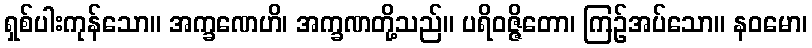
ရှစ်ပါးကုန်သော။ အက္ခဏေဟိ၊ အက္ခဏတို့သည်။ ပရိဝဇ္ဇိတော၊ ကြဉ်အပ်သော။ နဝမော၊